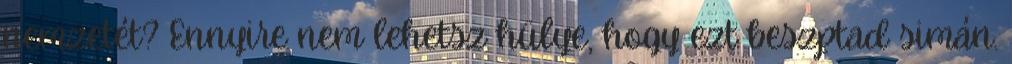
nemzetét? Ennyire nem lehetsz hülye, hogy ezt beszptad simán.